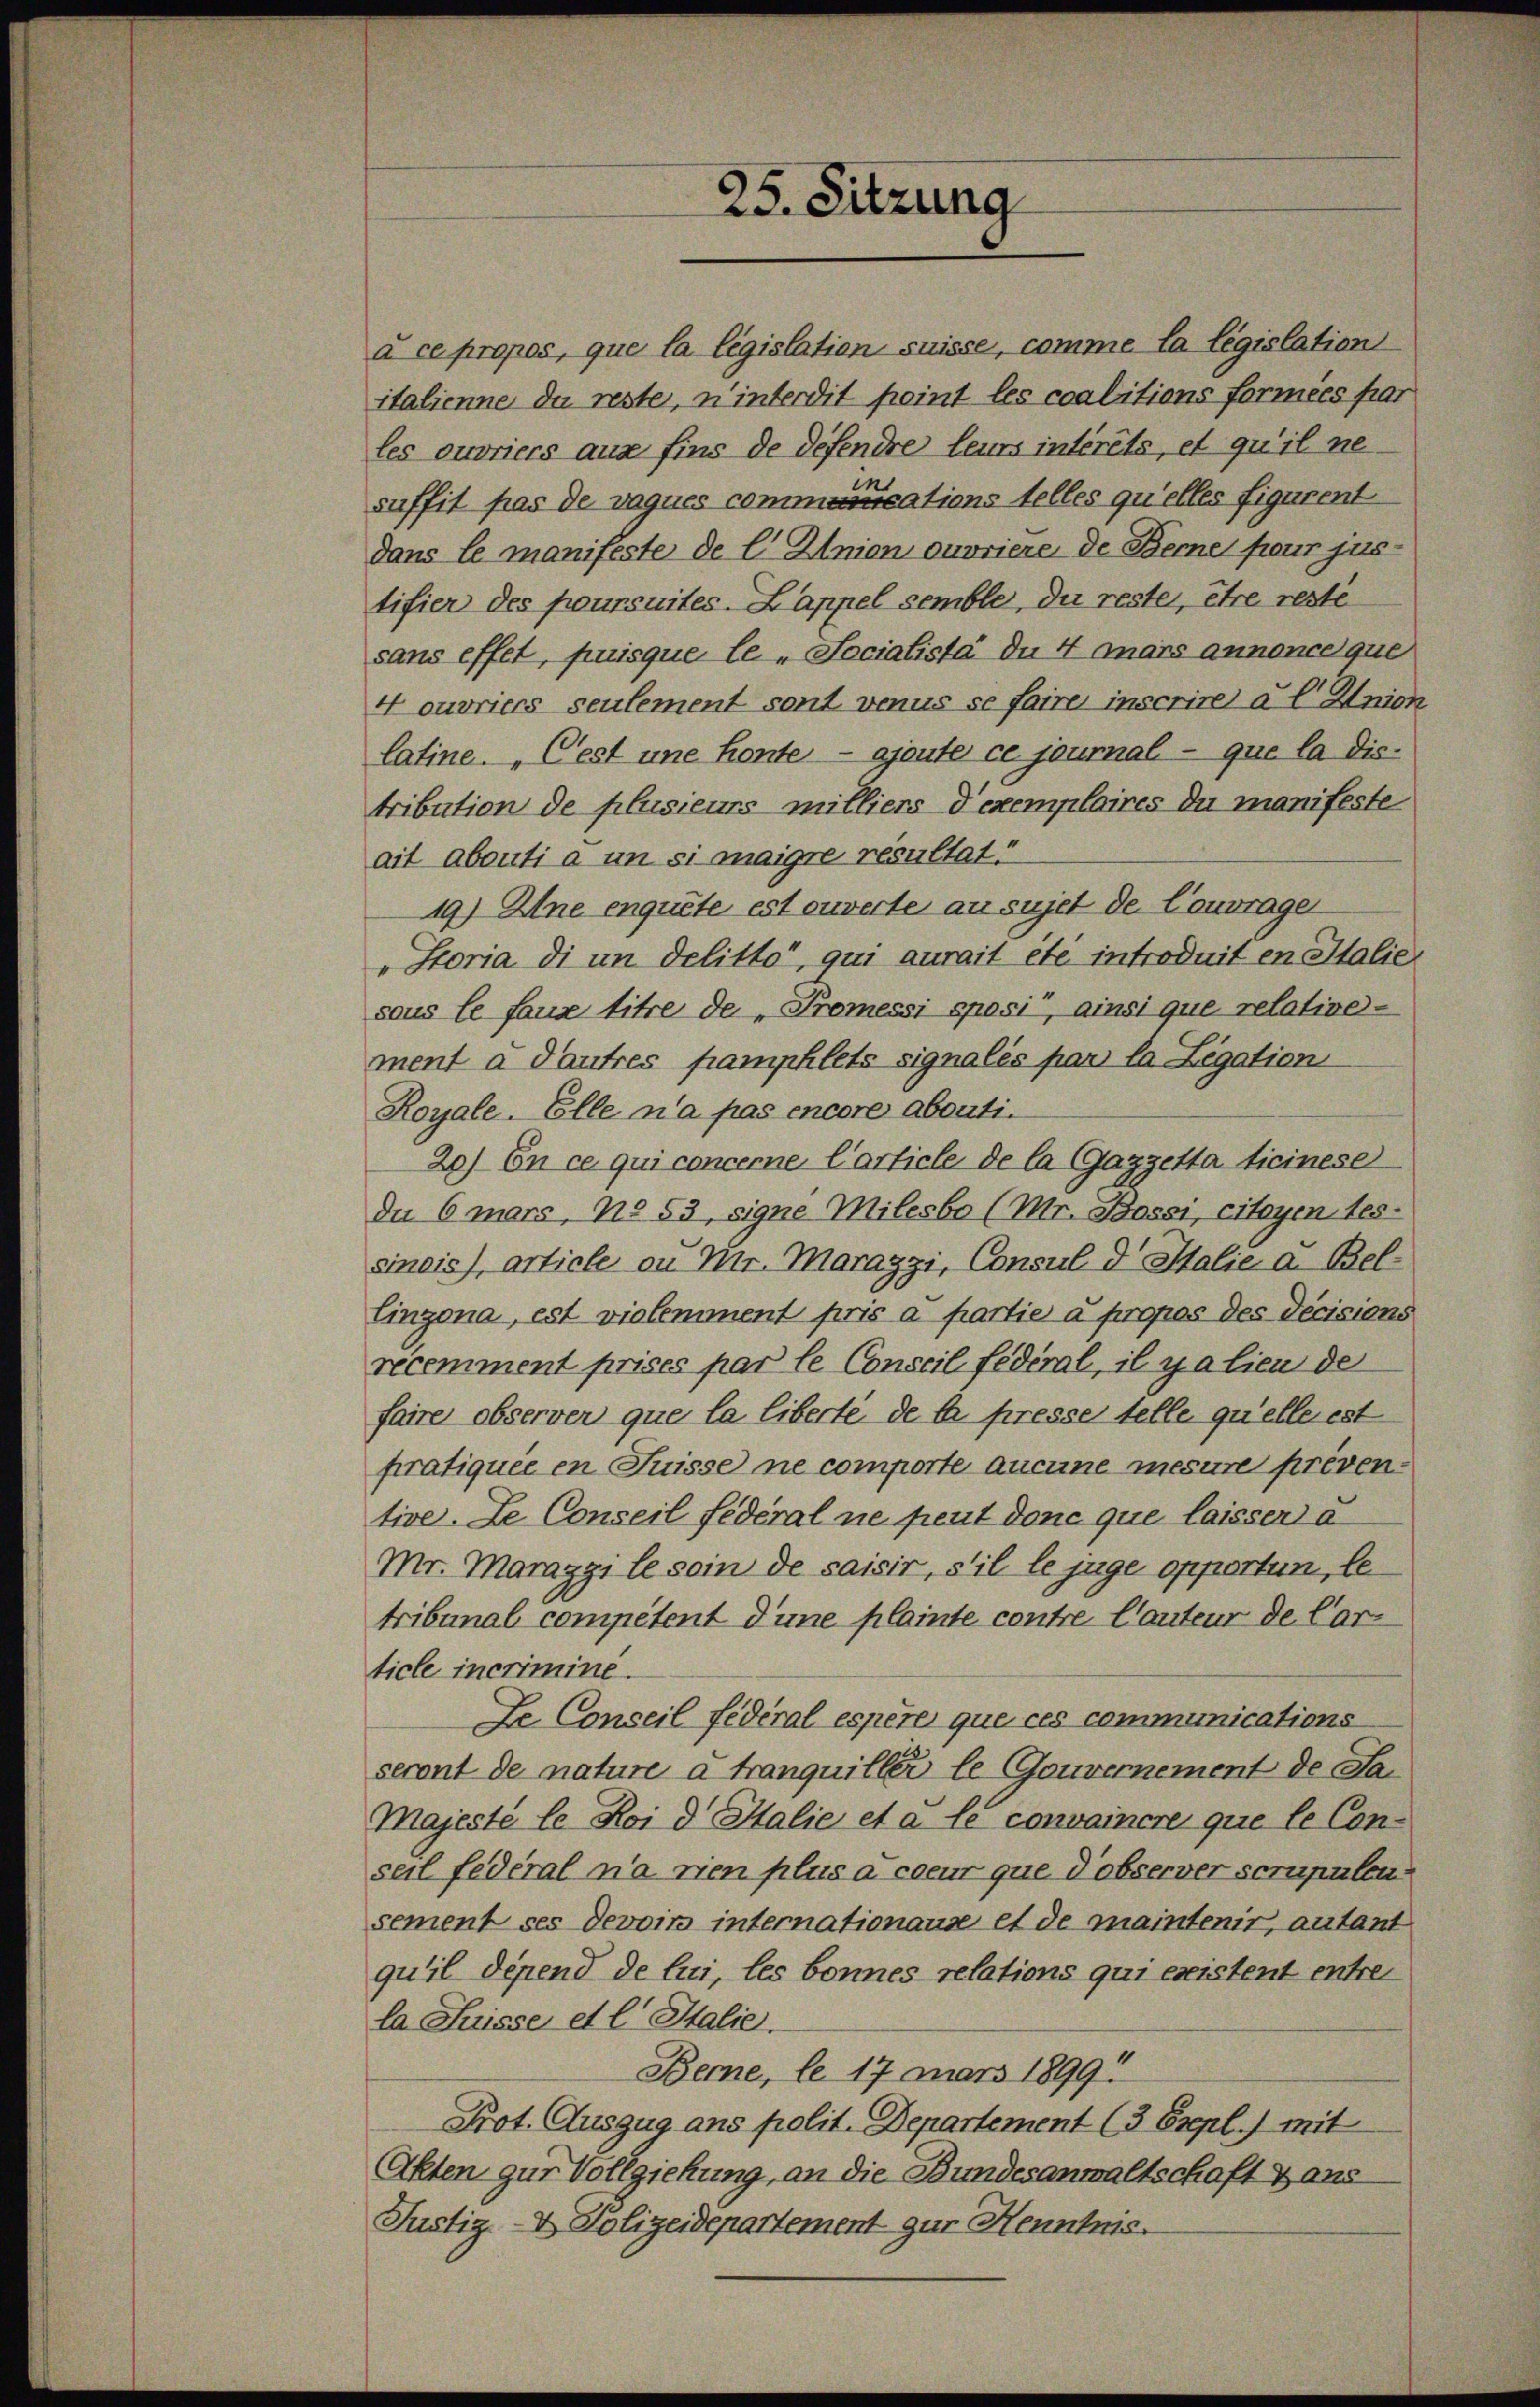
à ce propos, que la législation suisse, comme la législation
italienne du reste, n’interdit point les coalitions formées par
les ouvriers aus fins de defendre leurs intérêts, et qu’il nesuffit pas de vaques communications telles quelles figurent
dans le manifeste de l. Znion ouvriere de Berne four jus-
tifier des poursuites- Lappel semble, du rester, être reste
sans effet, puisque le - Socialista du 4 mars annonce que
4 ouvriers seulement sont venus se faire inscrire a l Union
latine. „Cest une honte — ajoute ce journal que la distribution de plusieurs milliers d’exemplaires du manifeste
ait abouti a un si maigre resultat:
19) Eine enquete est ouverte au sujet der Contrage
„Storia di an delitto, qui aurait été introduit en Italie
sous le fause titre de „Promessi sposi, ainsi que relative-
ment à dautres pamphlets signalés par la Legation
Koyale. Elle n’a pas encore abonti¬
20) En ce qui concerne l’article de la (Gazzetta Ticinese
du 6 mars, No 53, signe Milesbo (Mr. Bossi, citoyentes-
sineis), article ou Mr. Marazzi, Consul d Italie a. Bel-
Cinzona, est vielemment pris a partie à propos des Decisions
récemment prises par le Conseil fédéral, il y alien der
faire observer que la liberté de la presse telle quelle est
pratiquée en Suisse ne comporte aucune mesure préven-
tive. Le Conseil fédéral ne peut done que laissen a
Mr. Maraggi le soin de saisir, s’il le juge opportun, letribunal competent d’une plainte contre Cauteur de Car
ticle incrimine.
Le. Conseil fédéral espère que ces communications
seront de nature à tranquiller le Gouvernement de Sa¬
Majesté le Koi d Salie et a le convaincre que le Con-
seil fédéral na rien plus acceur que d’observer scrupulen
sement ses devoirs internationause et de maintenir, autant
qu’il dépend de lui, les bonnes relations qui existent entrela Suisse et l. Italie
Berne, le 17 März 1899
Prot. Auszug ans polit. Departement (3 Esepl.) mit
Akten zur Vollziehung, an die Bundesanwaltschaft & aus
Justiz- & Polizeidepartement gur Henntnis.

25. Sitzung